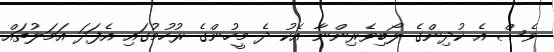
ވެސް އެ ކުދިންގެ ލޯބިވެރިންނާ އެކު ދެ މީހުންގެ ރުހުމުގައި އެފަދަ އަމަލުތައް